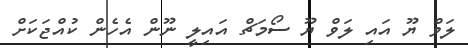
ލަވް ޔޫ އައި ލަވް ޔޫ ސޯމަޗް އައިލީ ނޫން އެހެން ކުއްޖަކަށް